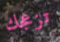
تزعجك